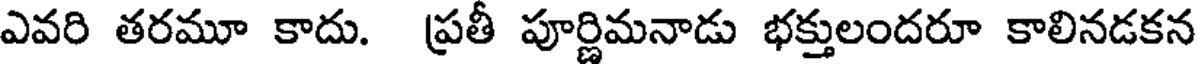
ఎవరి తరమూ కాదు. ప్రతీ పూర్ణిమనాడు భక్తులందరూ కాలినడకన